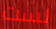
لست